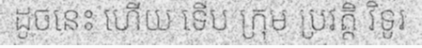
ដូចនេះ ហើយ ទើប ក្រុម ប្រវត្តិ វិទូរ